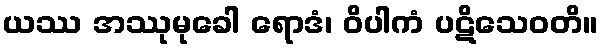
ယဿ အဿုမုခေါ ရောဒံ၊ ဝိပါကံ ပဋိသေဝတိ။